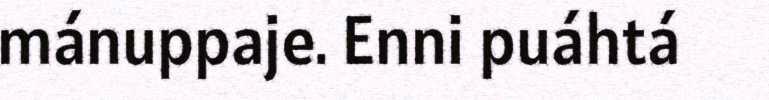
mánuppaje. Enni puáhtá